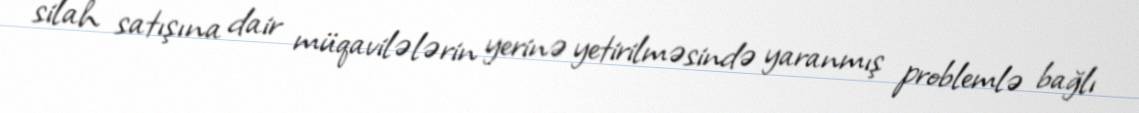
silah satışına dair müqavilələrin yerinə yetirilməsində yaranmış problemlə bağlı